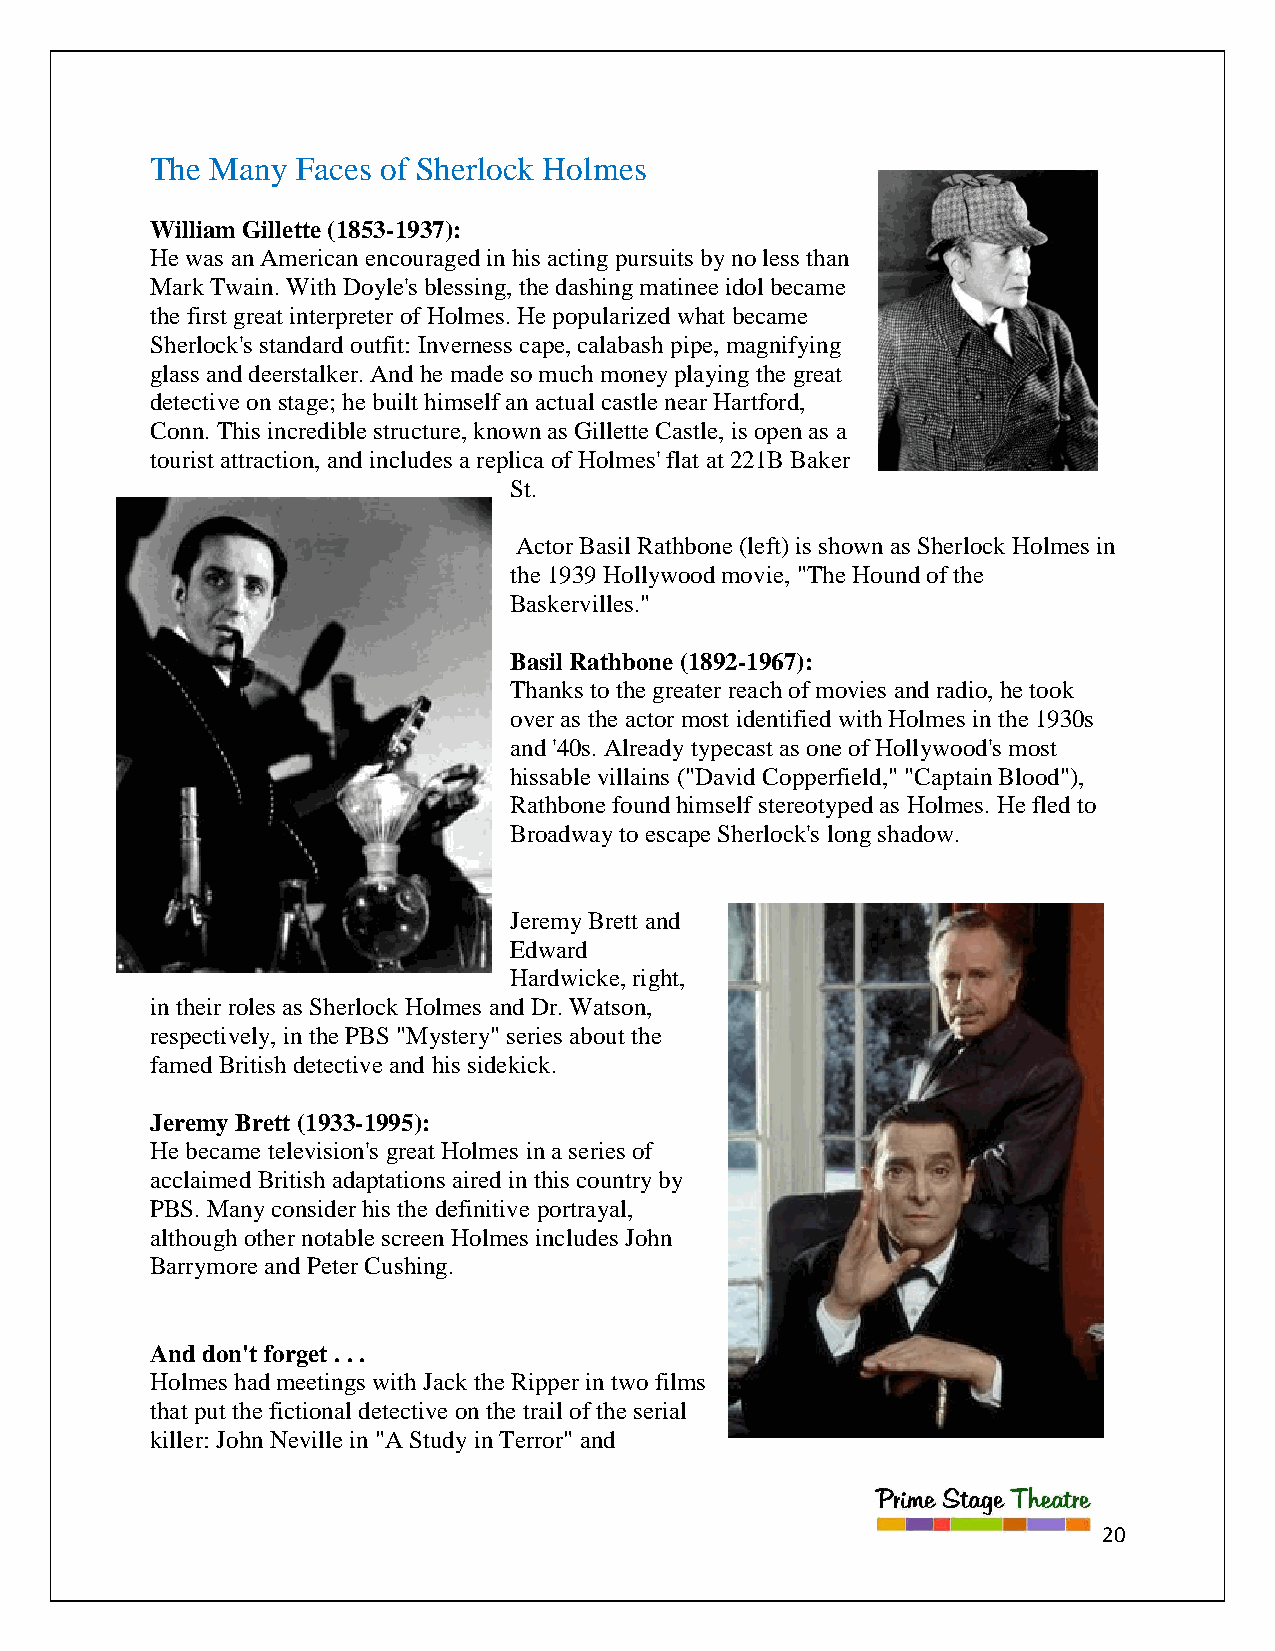
The Many  Faces of Sherlock Holmes
 William Gillette (1853-1937):
 He was an American encouraged in his acting pursuits by no less than
 Mark Twain. With Doyle's blessing, the dashing matinee idol became
 the first great interpreter of Holmes. He popularized what became
 Sherlock's standard outfit: Inverness cape, calabash pipe, magnifying
 glass and deerstalker. And he made so much money playing the great
 detective on stage; he built himself an actual castle near Hartford,
 Conn. This incredible structure, known as Gillette Castle, is open as a
 tourist attraction, and includes a replica of Holmes' flat at 221B Baker
 St.
 Actor Basil Rathbone (left) is shown as Sherlock Holmes in
 the 1939 Hollywood movie, "The Hound of the
 Baskervilles."
 Basil Rathbone (1892-1967):
 Thanks to the greater reach of movies and radio, he took
 over as the actor most identified with Holmes in the 1930s
 and '40s. Already typecast as one of Hollywood's most
 hissable villains ("David Copperfield," "Captain Blood"),
 Rathbone found himself stereotyped as Holmes. He fled to
 Broadway to escape Sherlock's long shadow.
 Jeremy Brett and
 Edward
 Hardwicke, right,
 in their roles as Sherlock Holmes and Dr. Watson,
 respectively, in the PBS "Mystery" series about the
 famed British detective and his sidekick.
 Jeremy Brett (1933-1995):
 He became television's great Holmes in a series of
 acclaimed British adaptations aired in this country by
 PBS. Many consider his the definitive portrayal,
 although other notable screen Holmes includes John
 Barrymore and Peter Cushing.
 And don't forget . . .
 Holmes had meetings with Jack the Ripper in two films
 that put the fictional detective on the trail of the serial
 killer: John Neville in "A Study in Terror" and
 20